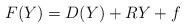
LaTeX: \begin{align*} F(Y)= { D}(Y) + { R} Y + f\end{align*}